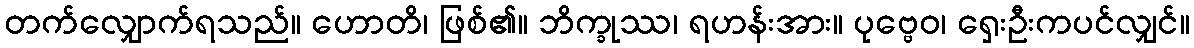
တက်လျှောက်ရသည်။ ဟောတိ၊ ဖြစ်၏။ ဘိက္ခုဿ၊ ရဟန်းအား။ ပုဗ္ဗေဝ၊ ရှေးဦးကပင်လျှင်။